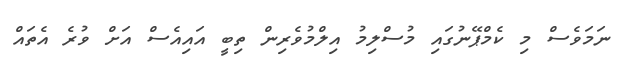
ނަމަވެސް މި ކެމްޕޭނުގައި މުސްލިމު އިލްމުވެރިން ތިބީ އައިއެސް އަށް ވުރެ އެތައް